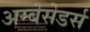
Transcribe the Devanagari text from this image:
अम्बेसेडर्स